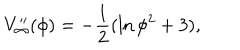
V _ { \infty } ^ { \prime \prime } ( \phi ) = - \frac { 1 } { 2 } ( \ln \phi ^ { 2 } + 3 ) ,